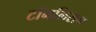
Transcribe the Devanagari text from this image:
टॉमलिसन